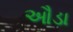
ઔડા